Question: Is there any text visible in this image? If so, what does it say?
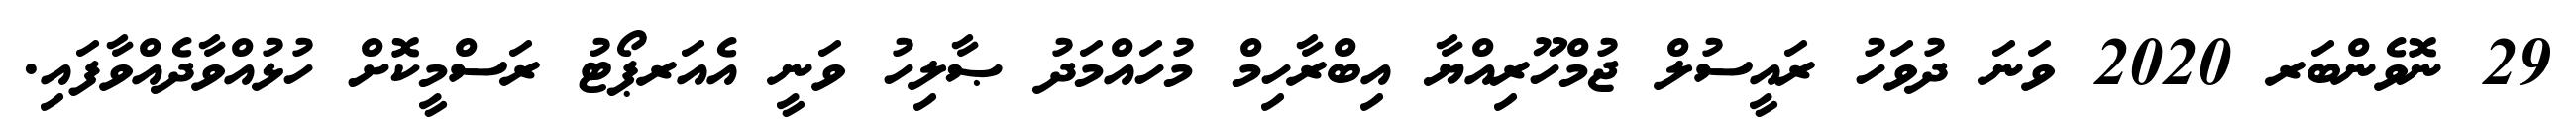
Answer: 29 ނޮވެންބަރ 2020 ވަނަ ދުވަހު ރައީސުލް ޖުމްހޫރިއްޔާ އިބްރާހިމް މުހައްމަދު ޞާލިހު ވަނީ އެއަރޕޯޓު ރަސްމީކޮށް ހުޅުއްވާދެއްވާފައި.